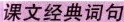
课文经典词句